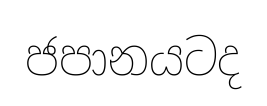
ජපානයටද